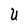
Character: U